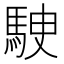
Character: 𩢶